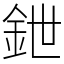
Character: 鉪